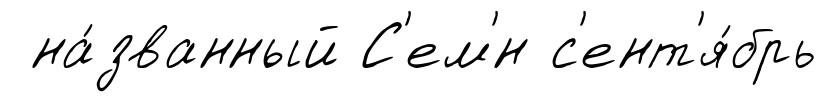
на́званный С'ем'́н с'ент'я́брь